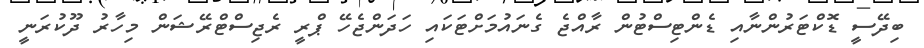
ބިދޭސީ ޑޮކްޓަރުންނާއި ޑެންޓިސްޓުން ރާއްޖެ ގެނައުމަށްޓަކައި ހަދަންޖެހޭ ޕްރީ ރެޖިސްޓްރޭޝަން މިހާރު ދޫކުރަނީ